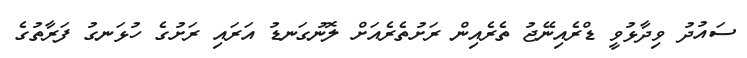
ސައުދު ވިދާޅުވީ ޑްރެއިނޭޖު ތެރެއިން ރަށުތެރެއަށް ލޮނުގަނޑު އަރައި ރަށުގެ ހުޅަނގު ފަރާތުގެ